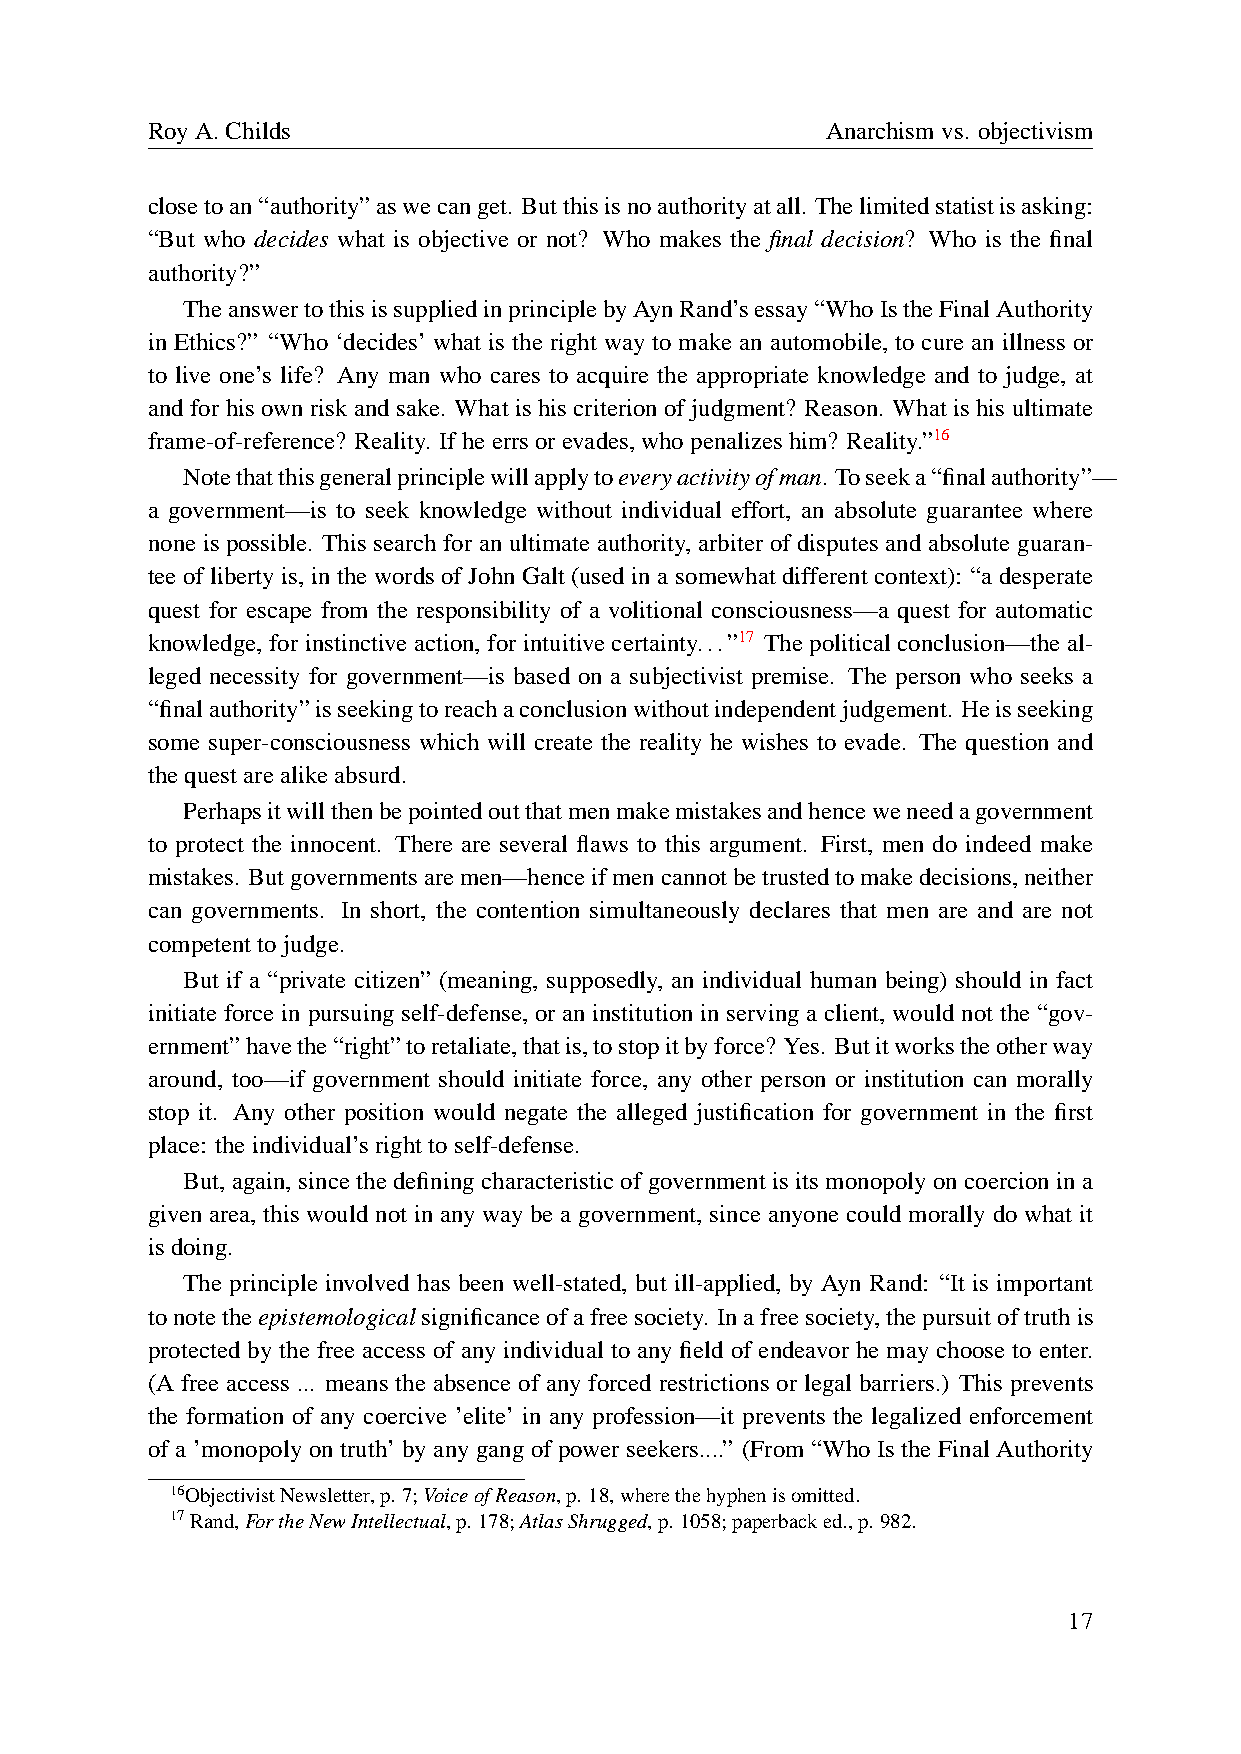
RoyA.Childs                                  Anarchismvs. objectivism
 closetoan“authority”aswecanget. Butthisisnoauthorityatall. Thelimitedstatistisasking:
 “But who decides what is objective or not? Who makes the final decision? Who is the final
 authority?”
 TheanswertothisissuppliedinprinciplebyAynRand’sessay“WhoIstheFinalAuthority
 in Ethics?” “Who ‘decides’ what is the right way to make an automobile, to cure an illness or
 to live one’s life? Any man who cares to acquire the appropriate knowledge and to judge, at
 and for his own risk and sake. What is his criterion of judgment? Reason. What is his ultimate
 frame-of-reference? Reality. Ifheerrsorevades,whopenalizeshim? Reality.”16
 Notethatthisgeneralprinciplewillapplytoeveryactivityofman. Toseeka“finalauthority”—
 a government—is to seek knowledge without individual effort, an absolute guarantee where
 none is possible. This search for an ultimate authority, arbiter of disputes and absolute guaran-
 tee of liberty is, in the words of John Galt (used in a somewhat different context): “a desperate
 quest for escape from the responsibility of a volitional consciousness—a quest for automatic
 knowledge, for instinctive action, for intuitive certainty...”17 The political conclusion—the al-
 leged necessity for government—is based on a subjectivist premise. The person who seeks a
 “finalauthority”isseekingtoreachaconclusionwithoutindependentjudgement. Heisseeking
 some super-consciousness which will create the reality he wishes to evade. The question and
 thequestarealikeabsurd.
 Perhapsitwillthenbepointedoutthatmenmakemistakesandhenceweneedagovernment
 to protect the innocent. There are several flaws to this argument. First, men do indeed make
 mistakes. Butgovernmentsaremen—henceifmencannotbetrustedtomakedecisions,neither
 can governments. In short, the contention simultaneously declares that men are and are not
 competenttojudge.
 But if a “private citizen” (meaning, supposedly, an individual human being) should in fact
 initiate force in pursuing self-defense, or an institution in serving a client, would not the “gov-
 ernment”havethe“right”toretaliate,thatis,tostopitbyforce? Yes. Butitworkstheotherway
 around, too—if government should initiate force, any other person or institution can morally
 stop it. Any other position would negate the alleged justification for government in the first
 place: theindividual’srighttoself-defense.
 But, again, since the defining characteristic of government is its monopoly on coercion in a
 given area, this would not in any way be a government, since anyone could morally do what it
 isdoing.
 The principle involved has been well-stated, but ill-applied, by Ayn Rand: “It is important
 tonotetheepistemologicalsignificanceofafreesociety. Inafreesociety,thepursuitoftruthis
 protected by the free access of any individual to any field of endeavor he may choose to enter.
 (A free access ... means the absence of any forced restrictions or legal barriers.) This prevents
 the formation of any coercive ’elite’ in any profession—it prevents the legalized enforcement
 of a ’monopoly on truth’ by any gang of power seekers....” (From “Who Is the Final Authority
 16ObjectivistNewsletter,p. 7;VoiceofReason,p. 18,wherethehyphenisomitted.
 17Rand,FortheNewIntellectual,p. 178;AtlasShrugged,p. 1058;paperbacked.,p. 982.
 17